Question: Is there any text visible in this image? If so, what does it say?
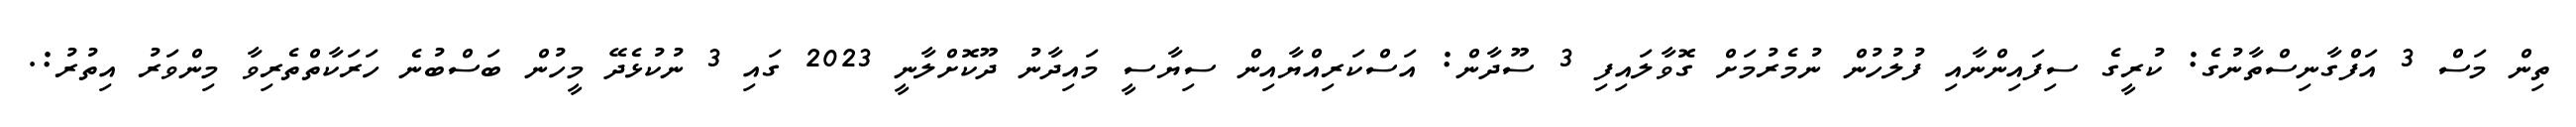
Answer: ތިން މަސް 3 އަފްގާނިސްތާނުގެ: ކުރީގެ ސިފައިންނާއި ފުލުހުން ނުމެރުމަށް ގޮވާލައިފި 3 ސޫދާން: އަސްކަރިއްޔާއިން ސިޔާސީ މައިދާނު ދޫކޮށްލާނީ 2023 ގައި 3 ނުކުޅެދޭ މީހުން ބަސްބުނެ ހަރަކާތްތެރިވާ މިންވަރު އިތުރު:.